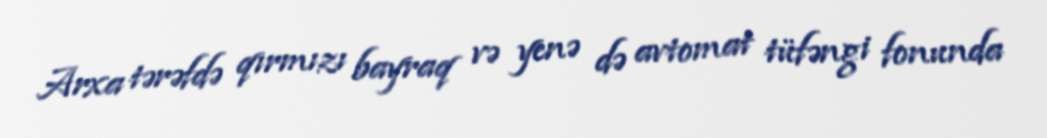
Arxa tərəfdə qırmızı bayraq və yenə də avtomat tüfəngi fonunda